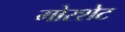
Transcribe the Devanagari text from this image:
मोरशेट